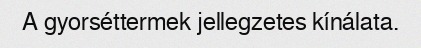
A gyorséttermek jellegzetes kínálata.